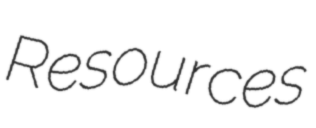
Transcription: Resources